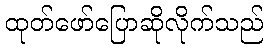
ထုတ်ဖော်ပြောဆိုလိုက်သည်